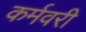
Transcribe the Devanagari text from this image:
कर्मवरी